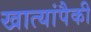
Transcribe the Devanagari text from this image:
खात्यांपैकी